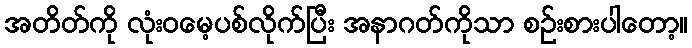
အတိတ်ကို လုံးဝမေ့ပစ်လိုက်ပြီး အနာဂတ်ကိုသာ စဉ်းစားပါတော့။